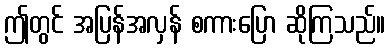
ဤတွင် အပြန်အလှန် စကားပြော ဆိုကြသည်။